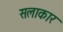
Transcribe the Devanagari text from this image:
सलाकार